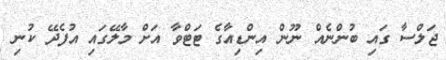
ޖަލްސާ ގައި ބުންނެއް ނޫން އިންޑިއާގެ ޓަޓްވާ އަށް މާލޭގައި އުފެދޭ ކުނި